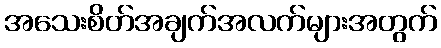
အသေးစိတ်အချက်အလက်များအတွက်